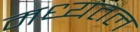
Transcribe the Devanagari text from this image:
मध्यतल